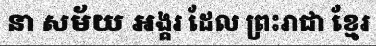
នា សម័យ អង្គរ ដែល ព្រះរាជា ខ្មែរ